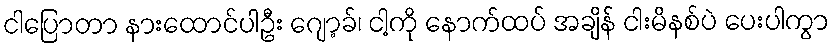
ငါပြောတာ နားထောင်ပါဦး ဂျော့ခ်၊ ငါ့ကို နောက်ထပ် အချိန် ငါးမိနစ်ပဲ ပေးပါကွာ